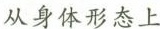
从身体形态上